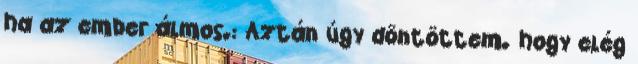
ha az ember álmos.: Aztán úgy döntöttem. hogy elég